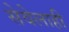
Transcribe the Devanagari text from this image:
सेवेलाही